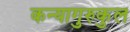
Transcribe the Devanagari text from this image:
कन्यागुरुकुल